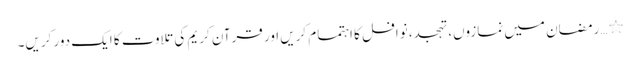
٭…رمضان میں نمازوں، تہجد، نوافل کا اہتمام کریں اور قرآن کریم کی تلاوت کا ایک دور کریں۔